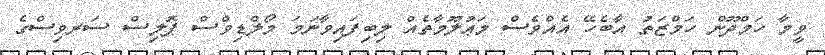
ވީމާ ހަމްދޫން ހަމްޒަތު އާބެހޭ އެއްވެސް މަޢުލޫމާތެއް ލިބިފައިވާނަމަ މޯލްޑިވްސް ޕޮލިސް ސަރވިސްގެ